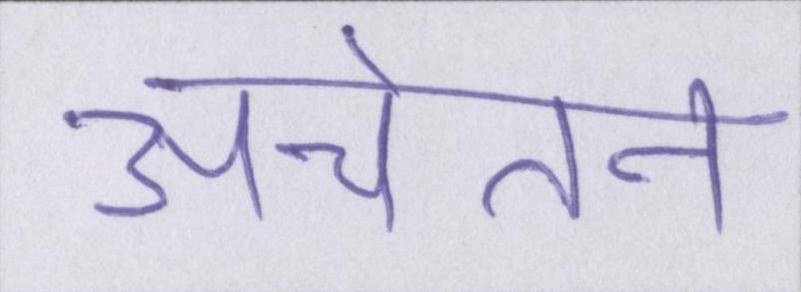
अचेतन